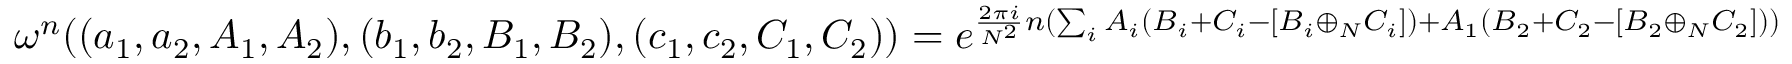
\begin{array} { r } { \omega ^ { n } ( ( a _ { 1 } , a _ { 2 } , A _ { 1 } , A _ { 2 } ) , ( b _ { 1 } , b _ { 2 } , B _ { 1 } , B _ { 2 } ) , ( c _ { 1 } , c _ { 2 } , C _ { 1 } , C _ { 2 } ) ) = e ^ { \frac { 2 \pi i } { N ^ { 2 } } n ( \sum _ { i } A _ { i } ( B _ { i } + C _ { i } - [ B _ { i } \oplus _ { N } C _ { i } ] ) + A _ { 1 } ( B _ { 2 } + C _ { 2 } - [ B _ { 2 } \oplus _ { N } C _ { 2 } ] ) ) } } \end{array}